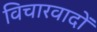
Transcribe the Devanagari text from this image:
विचारवादों